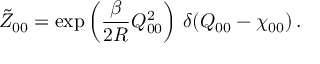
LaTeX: \tilde { Z } _ { 0 0 } = \exp \left( \frac { \beta } { 2 R } { \cal Q } _ { 0 0 } ^ { 2 } \right) \, \delta ( { \cal Q } _ { 0 0 } - \chi _ { 0 0 } ) \, .